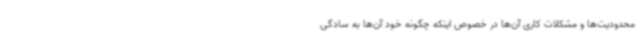
محدودیت‌ها و مشکلات کاری آن‌ها در خصوص اینکه چگونه خود آن‌ها به سادگی